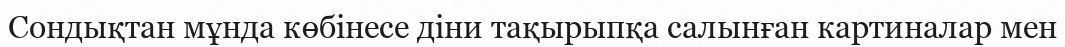
Сондықтан мұнда көбінесе діни тақырыпқа салынған картиналар мен